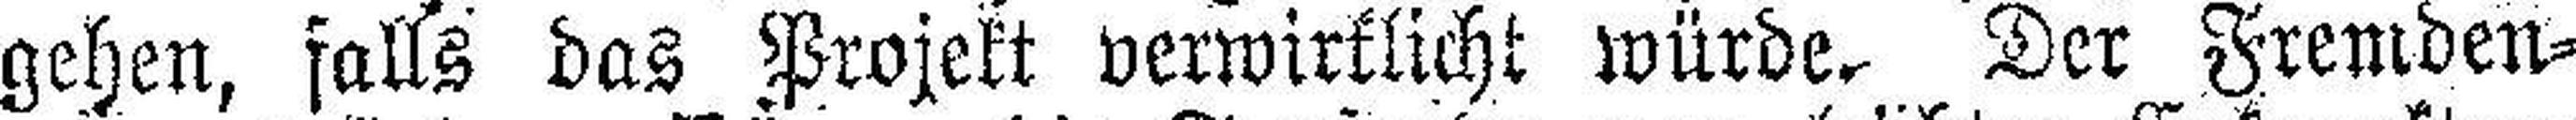
gehen, falls das Projekt verwirklicht würde. Der Fremden¬